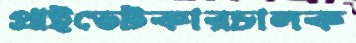
প্রাইভেটকারচালক